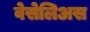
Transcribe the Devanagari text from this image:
वेसेलिअस